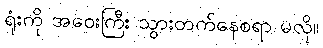
ရုံးကို အဝေးကြီး သွားတက်နေစရာ မလို။